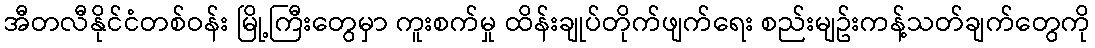
အီတလီနိုင်ငံတစ်ဝန်း မြို့ကြီးတွေမှာ ကူးစက်မှု ထိန်းချုပ်တိုက်ဖျက်ရေး စည်းမျဥ်းကန့်သတ်ချက်တွေကို